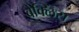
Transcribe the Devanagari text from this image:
बेक्लिंस